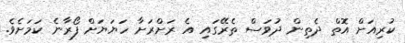
ކުރިއަށް އޮތް ދެތިން ދުވަސް ތެރޭގައި އެ ރަށްރަށާ ހަޔަޔަށް ފޯރާނެ ކަމަށެވެ.